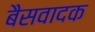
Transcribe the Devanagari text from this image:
बैसवादक